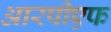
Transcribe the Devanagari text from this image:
आरपीएफ